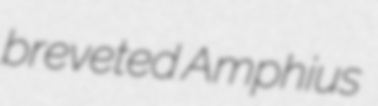
breveted Amphius